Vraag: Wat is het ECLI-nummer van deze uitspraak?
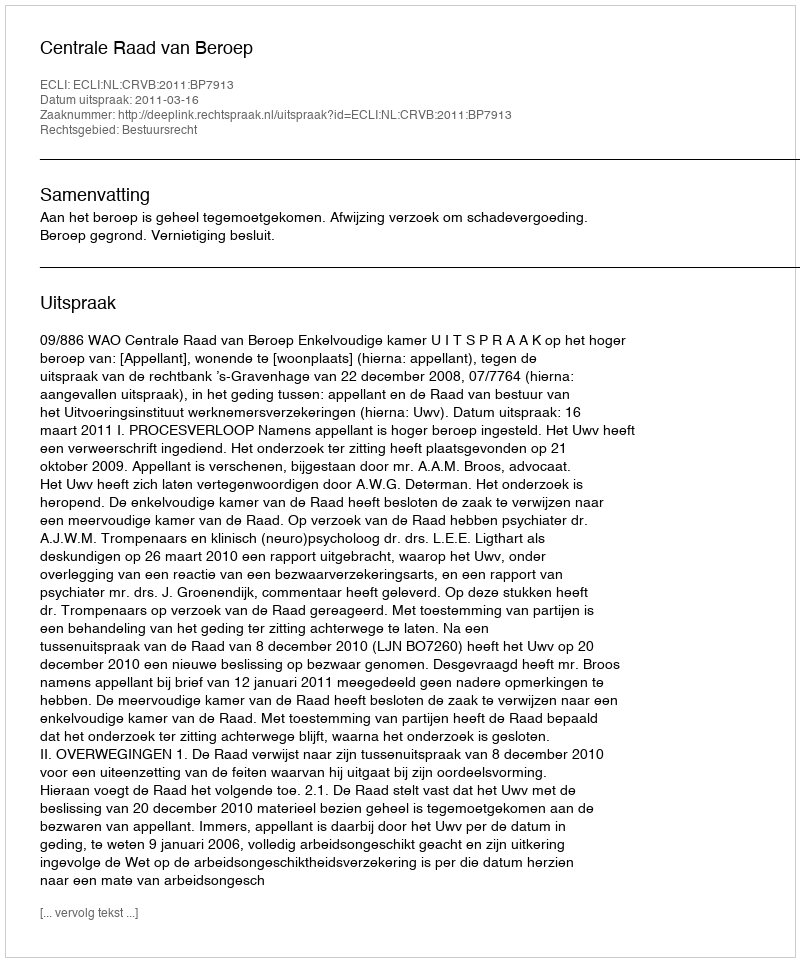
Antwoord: ECLI:NL:CRVB:2011:BP7913